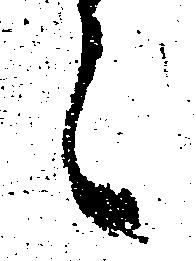
々